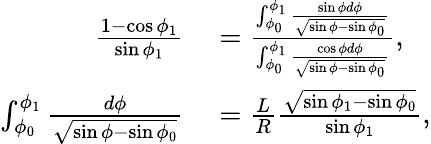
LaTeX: \begin{array}{rl}{\frac{1-\cos\phi_{1}}{\sin\phi_{1}}}&{{}=\frac{\int_{\phi_{0}}^{\phi_{1}}\frac{\sin\phi d\phi}{\sqrt{\sin\phi-\sin\phi_{0}}}}{\int_{\phi_{0}}^{\phi_{1}}\frac{\cos\phi d\phi}{\sqrt{\sin\phi-\sin\phi_{0}}}},}\\ {\int_{\phi_{0}}^{\phi_{1}}\frac{d\phi}{\sqrt{\sin\phi-\sin\phi_{0}}}}&{{}=\frac{L}{R}\frac{\sqrt{\sin\phi_{1}-\sin\phi_{0}}}{\sin\phi_{1}},}\end{array}